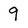
Character: 9